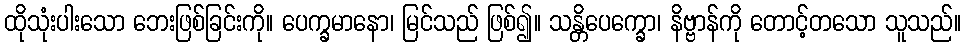
ထိုသုံးပါးသော ဘေးဖြစ်ခြင်းကို။ ပေက္ခမာနော၊ မြင်သည် ဖြစ်၍။ သန္တိပေက္ခော၊ နိဗ္ဗာန်ကို တောင့်တသော သူသည်။